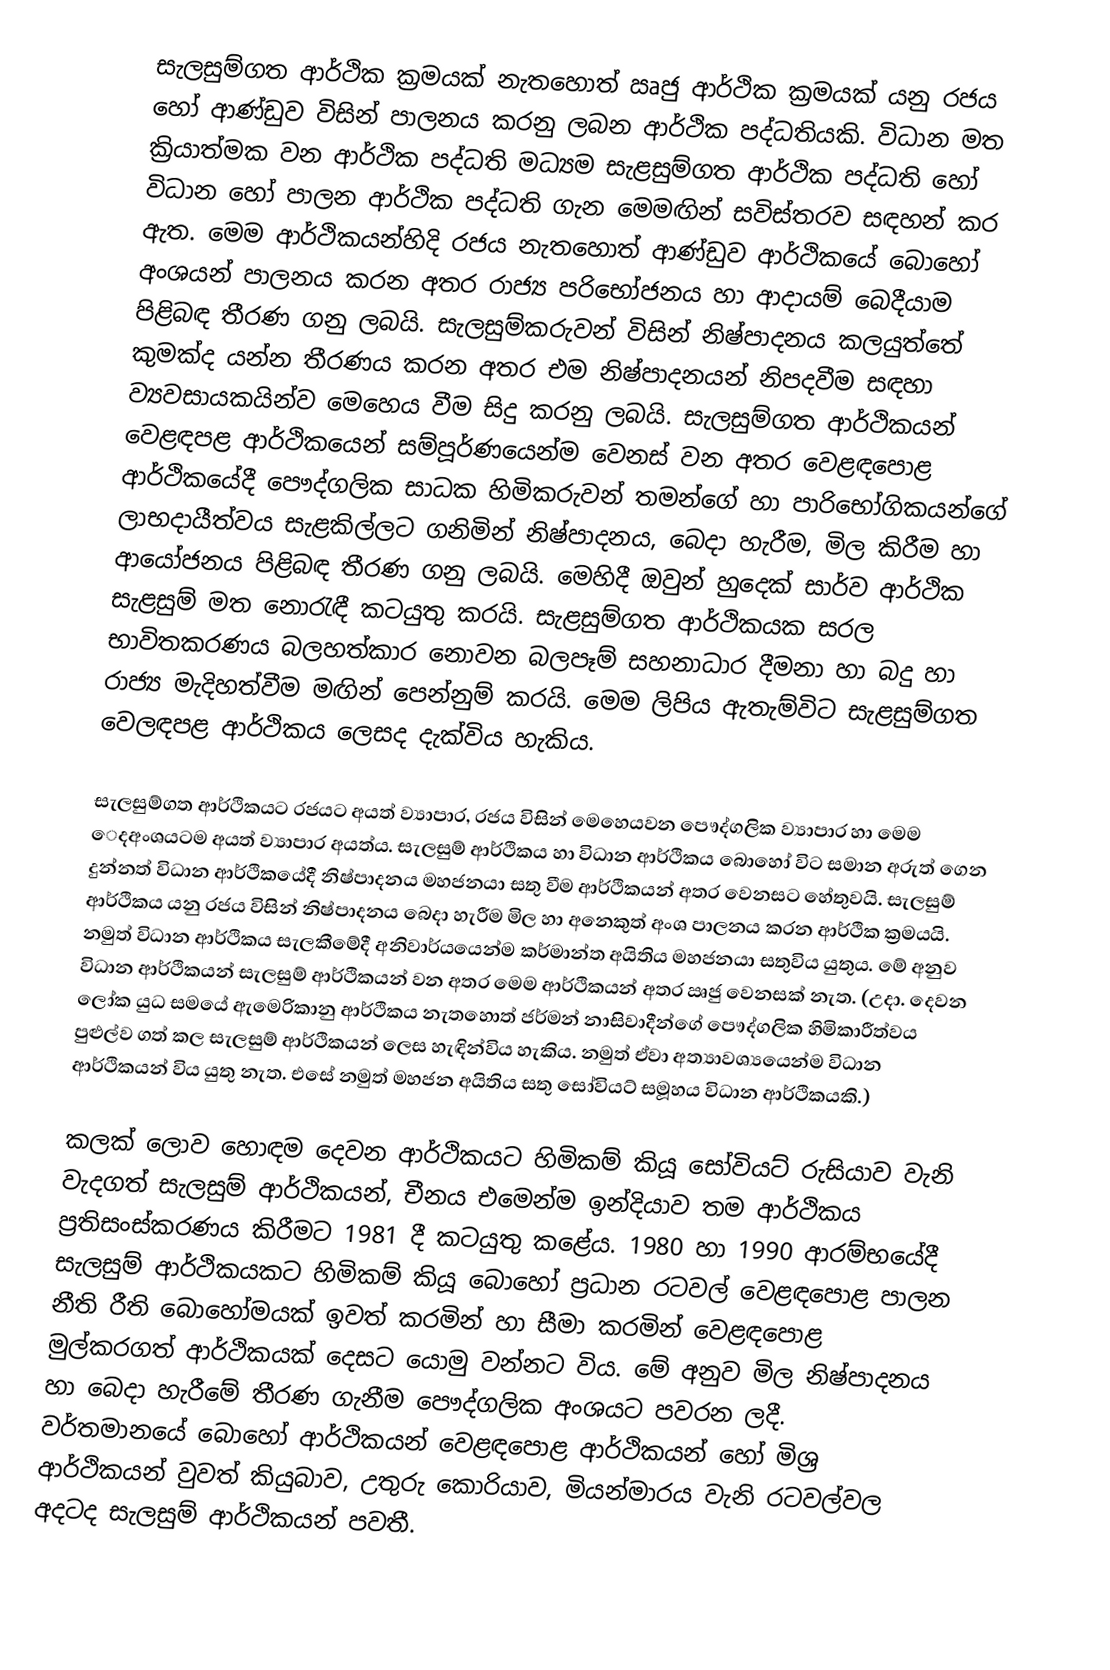
සැලසුම්ගත ආර්ථික ක්‍රමයක් නැතහොත් ඍජු ආර්ථික ක්‍රමයක් යනු රජය හෝ ආණ්ඩුව විසින් පාලනය කරනු ලබන ආර්ථික පද්ධතියකි. විධාන මත ක්‍රියාත්මක වන ආර්ථික පද්ධති මධ්‍යම සැළසුම්ගත ආර්ථික පද්ධති හෝ විධාන හෝ පාලන ආර්ථික පද්ධති ගැන මෙමඟින් සවිස්තරව සඳහන් කර ඇත. මෙම ආර්ථිකයන්හිදි රජය නැතහොත් ආණ්ඩුව ආර්ථිකයේ බොහෝ අංශයන් පාලනය කරන අතර රාජ්‍ය පරිභෝජනය හ‍ා ආදායම් බෙදීයාම පිළිබඳ තීරණ ගනු ලබයි. සැලසුම්කරුවන් විසින් නිෂ්පාදනය කලයුත්තේ කුමක්ද යන්න තීරණය කරන අතර එම නිෂ්පාදනයන් නිපදවීම සඳහා ව්‍යවසායකයින්ව මෙහෙය වීම සිදු කරනු ලබයි. සැලසුම්ගත ආර්ථිකයන් වෙළඳපළ ආර්ථිකයෙන් සම්පූර්ණයෙන්ම වෙනස් වන අතර වෙළඳපොළ ආර්ථිකයේදී පෞද්ගලික සාධක හිමිකරුවන් තමන්ගේ හා පාරිභෝගිකයන්ගේ ලාභදායීත්වය සැළකිල්ලට ගනිමින් නිෂ්පාදනය, බෙදා හැරීම, මිල කිරීම හා ආයෝජනය පිළිබඳ තීරණ ගනු ලබයි. මෙහිදී ඔවුන් හුදෙක් සාර්ව ආර්ථික සැළසුම් මත නොරැඳී කටයුතු කරයි. සැළසුම්ගත ආර්ථිකයක සරල භාවිතකරණය බලහත්කාර නොවන බලපෑම් සහනාධාර දීමනා හා බදු හා රාජ්‍ය මැදිහත්වීම මඟින් පෙන්නුම් කරයි. මෙම ලිපිය ඇතැම්විට සැළසුම්ගත වෙලඳපළ ආර්ථිකය ලෙසද දැක්විය හැකිය.

සැලසුම්ගත ආර්ථිකයට රජයට අයත් ව්‍යාපාර, රජය විසින් මෙහෙයවන පෞද්ගලික ව්‍යාපාර හා මෙම ‍ෙදඅංශයටම අයත් ව්‍යාපාර අයත්ය. සැලසුම් ආර්ථිකය හා විධාන ආර්ථිකය බොහෝ විට සමාන අරුත් ගෙන දුන්නත් විධාන ආර්ථිකයේදී නිෂ්පාදනය මහජනයා සතු වීම ආර්ථිකයන් අතර වෙනසට හේතුවයි. සැලසුම් ආර්ථිකය යනු රජය විසින් නිෂ්පාදනය බෙදා හැරීම මිල හා අනෙකුත් අංශ පාලනය කරන ආර්ථික ක්‍රමයයි. නමුත් විධාන ආර්ථිකය සැලකීමේදී අනිවාර්යයෙන්ම කර්මාන්ත අයිතිය මහජනයා සතුවිය යුතුය. මේ අනුව විධාන ආර්ථිකයන් සැලසුම් ආර්ථිකයන් වන අතර මෙම ආර්ථිකයන් අතර ඍජු වෙනසක් නැත. (උදා. දෙවන ලෝක යුධ සමයේ ඇමෙරිකානු ආර්ථිකය නැතහොත් ජර්මන් නාසිවාදීන්ගේ පෞද්ගලික හිමිකාරීත්වය පුළුල්ව ගත් කල සැලසුම් ආර්ථිකයන් ලෙස හැඳින්විය හැකිය. නමුත් ඒවා අත්‍යාවශ්‍යයෙන්ම විධාන ආර්ථිකයන් විය යුතු නැත. එසේ නමුත් මහජන අයිතිය සතු සෝවියට් සමූහය විධාන ආර්ථිකයකි.)

කලක් ලොව හොඳම දෙවන ආර්ථිකයට හිමිකම් කියූ සෝවියට් රුසියාව වැනි වැදගත් සැලසුම් ආර්ථිකයන්, චීනය එමෙන්ම ඉන්දියාව තම ආර්ථිකය ප්‍රතිසංස්කරණය කිරීමට 1981 දී කටයුතු කළේය. 1980 හා 1990 ආරම්භයේදී ‍සැලසුම් ආර්ථිකයක‍ට හිමිකම් කියූ බොහෝ ප්‍රධාන රටවල් වෙළඳපොළ පාලන නීති රීති බොහෝමයක් ඉවත් කරමින් හා සීමා කරමින් වෙළඳපොළ මුල්කරගත් ආර්ථිකයක් දෙසට යොමු වන්නට විය. මේ අනුව මිල නිෂ්පාදනය හා බෙදා හැරීමේ තීරණ ගැනීම පෞද්ගලික අංශයට පවරන ලදී. වර්තමානයේ බොහෝ ආර්ථිකයන් වෙළඳපොළ ආර්ථිකයන් හෝ මිශ්‍ර ආර්ථිකයන් වුවත් කියුබාව, උතුරු කොරියාව, මියන්මාරය වැනි රටවල්වල අදටද සැලසුම් ආර්ථිකයන් පවතී.